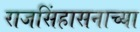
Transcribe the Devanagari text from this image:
राजसिंहासनाच्या